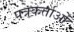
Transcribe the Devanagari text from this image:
पत्रकर्ताओं